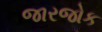
જારજોક